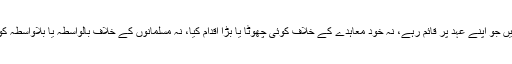
یہ وہ قبائل ہیں جو اپنے عہد پر قائم رہے، نہ خود معاہدے کے خلاف کوئی چھوٹا یا بڑا اقدام کیا، نہ مسلمانوں کے خلاف بالواسطہ یا بلاواسطہ کوئی مدد کی۔